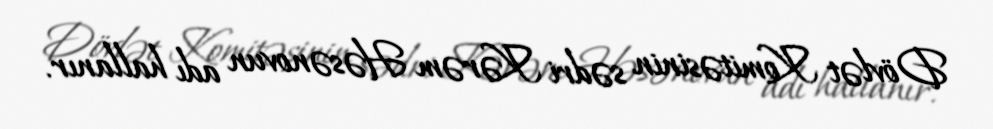
Dövlət Komitəsinin sədri Kərəm Həsənovun adı hallanır.